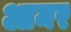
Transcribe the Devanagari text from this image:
आमर